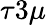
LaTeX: \tau 3\mu